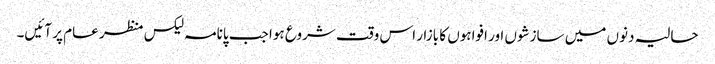
حالیہ دنوں میں سازشوں اور افواہوں کا بازار اس وقت شروع ہوا جب پانامہ لیکس منظر عام پر آئیں۔